Indian journal of veterinary science and animal husbandry - Volumes 24-25, 1954-1955
Year: 1954
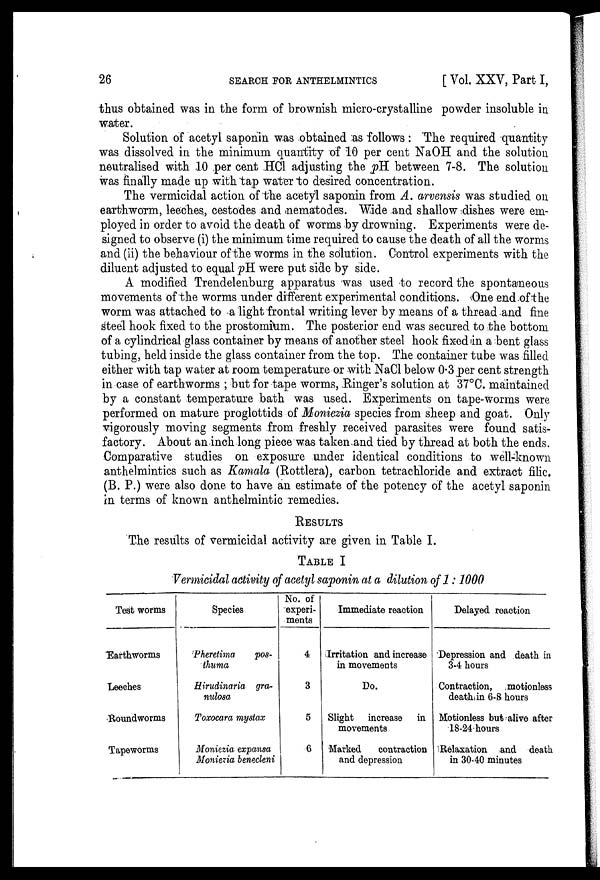
26
SEARCH FOR ANTHELMINTICS
[Vol. XXV, Part I,
thus obtained was in the form of brownish micro-crystalline powder insoluble in
water.
Solution of acetyl saponin was obtained as follows : The required quantity
was dissolved in the minimum quantity of 10 per cent NaOH and the solution
neutralised with 10 per cent HCl adjusting the pH. between 7-8. The solution
was finally made up with tap water to desired concentration.
The vermicidal action of the acetyl saponin from A. arvensis was studied on
earthworm, leeches, cestodes and nematodes. Wide and shallow dishes were em-
ployed in order to avoid the death of worms by drowning. Experiments were de-
signed to observe (i) the minimum time required to cause the death of all the worms
and (ii) the behaviour of the worms in the solution. Control experiments with the
diluent adjusted to equal pH were put side by side.
A modified Trendelenburg apparatus was used to record the spontaneous
movements of the worms under different experimental conditions. One end of the
worm was attached to a light frontal writing lever by means of a thread and fine
steel hook fixed to the prostomium. The posterior end was secured to the bottom
of a cylindrical glass container by means of another steel hook fixed in a bent glass
tubing, held inside the glass container from the top. The container tube was filled
either with tap water at room temperature or with NaCl below 0.3 per cent strength
in case of earthworms ; but for tape worms, Ringer's solution at 37°C. maintained
by a constant temperature bath was used. Experiments on tape-worms were
performed on mature proglottids of Moniezia species from sheep and goat. Only
vigorously moving segments from freshly received parasites were found satis-
factory. About an inch long piece was taken and tied by thread at both the ends.
Comparative studies on exposure under identical conditions to well-known
anthelmintics such as Kamala (Rottlera), carbon tetrachloride and extract filic
(B. P.) were also done to have an estimate of the potency of the acetyl saponin
in terms of known anthelmintic remedies.
RESULTS
The results of vermicidal activity are given in Table I.
TABLE I
Vermicidal activity of acetyl saponin at a dilution of 1 : 1000
Test worms
Earthworms
Leeches
Roundworms
Tapeworms
Species
Pheretima pos-
thuma
Hirudinaria gra-
nulosa
Toxocara mystax
Moniezia expansa
Moniezia benecleni
No. of
experi-
ments
4
3
5
6
Immediate reaction
Irritation and increase
in movements
Do.
Slight increase in
movements
Marked
contraction
and depression
Delayed reaction
Depression and death in
3-4 hours
Contraction, motionless
death in 6-8 hours
Motionless but alive after
18-24 hours
Relaxation and death
in 30-40 minutes